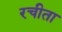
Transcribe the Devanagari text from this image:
रचीता